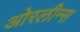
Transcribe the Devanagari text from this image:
ओरलीन्स